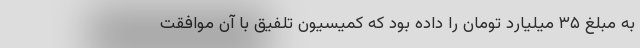
به مبلغ ۳۵ میلیارد تومان را داده بود که کمیسیون تلفیق با آن موافقت